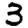
Digit: 3